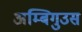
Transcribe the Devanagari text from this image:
अम्बिगुउस